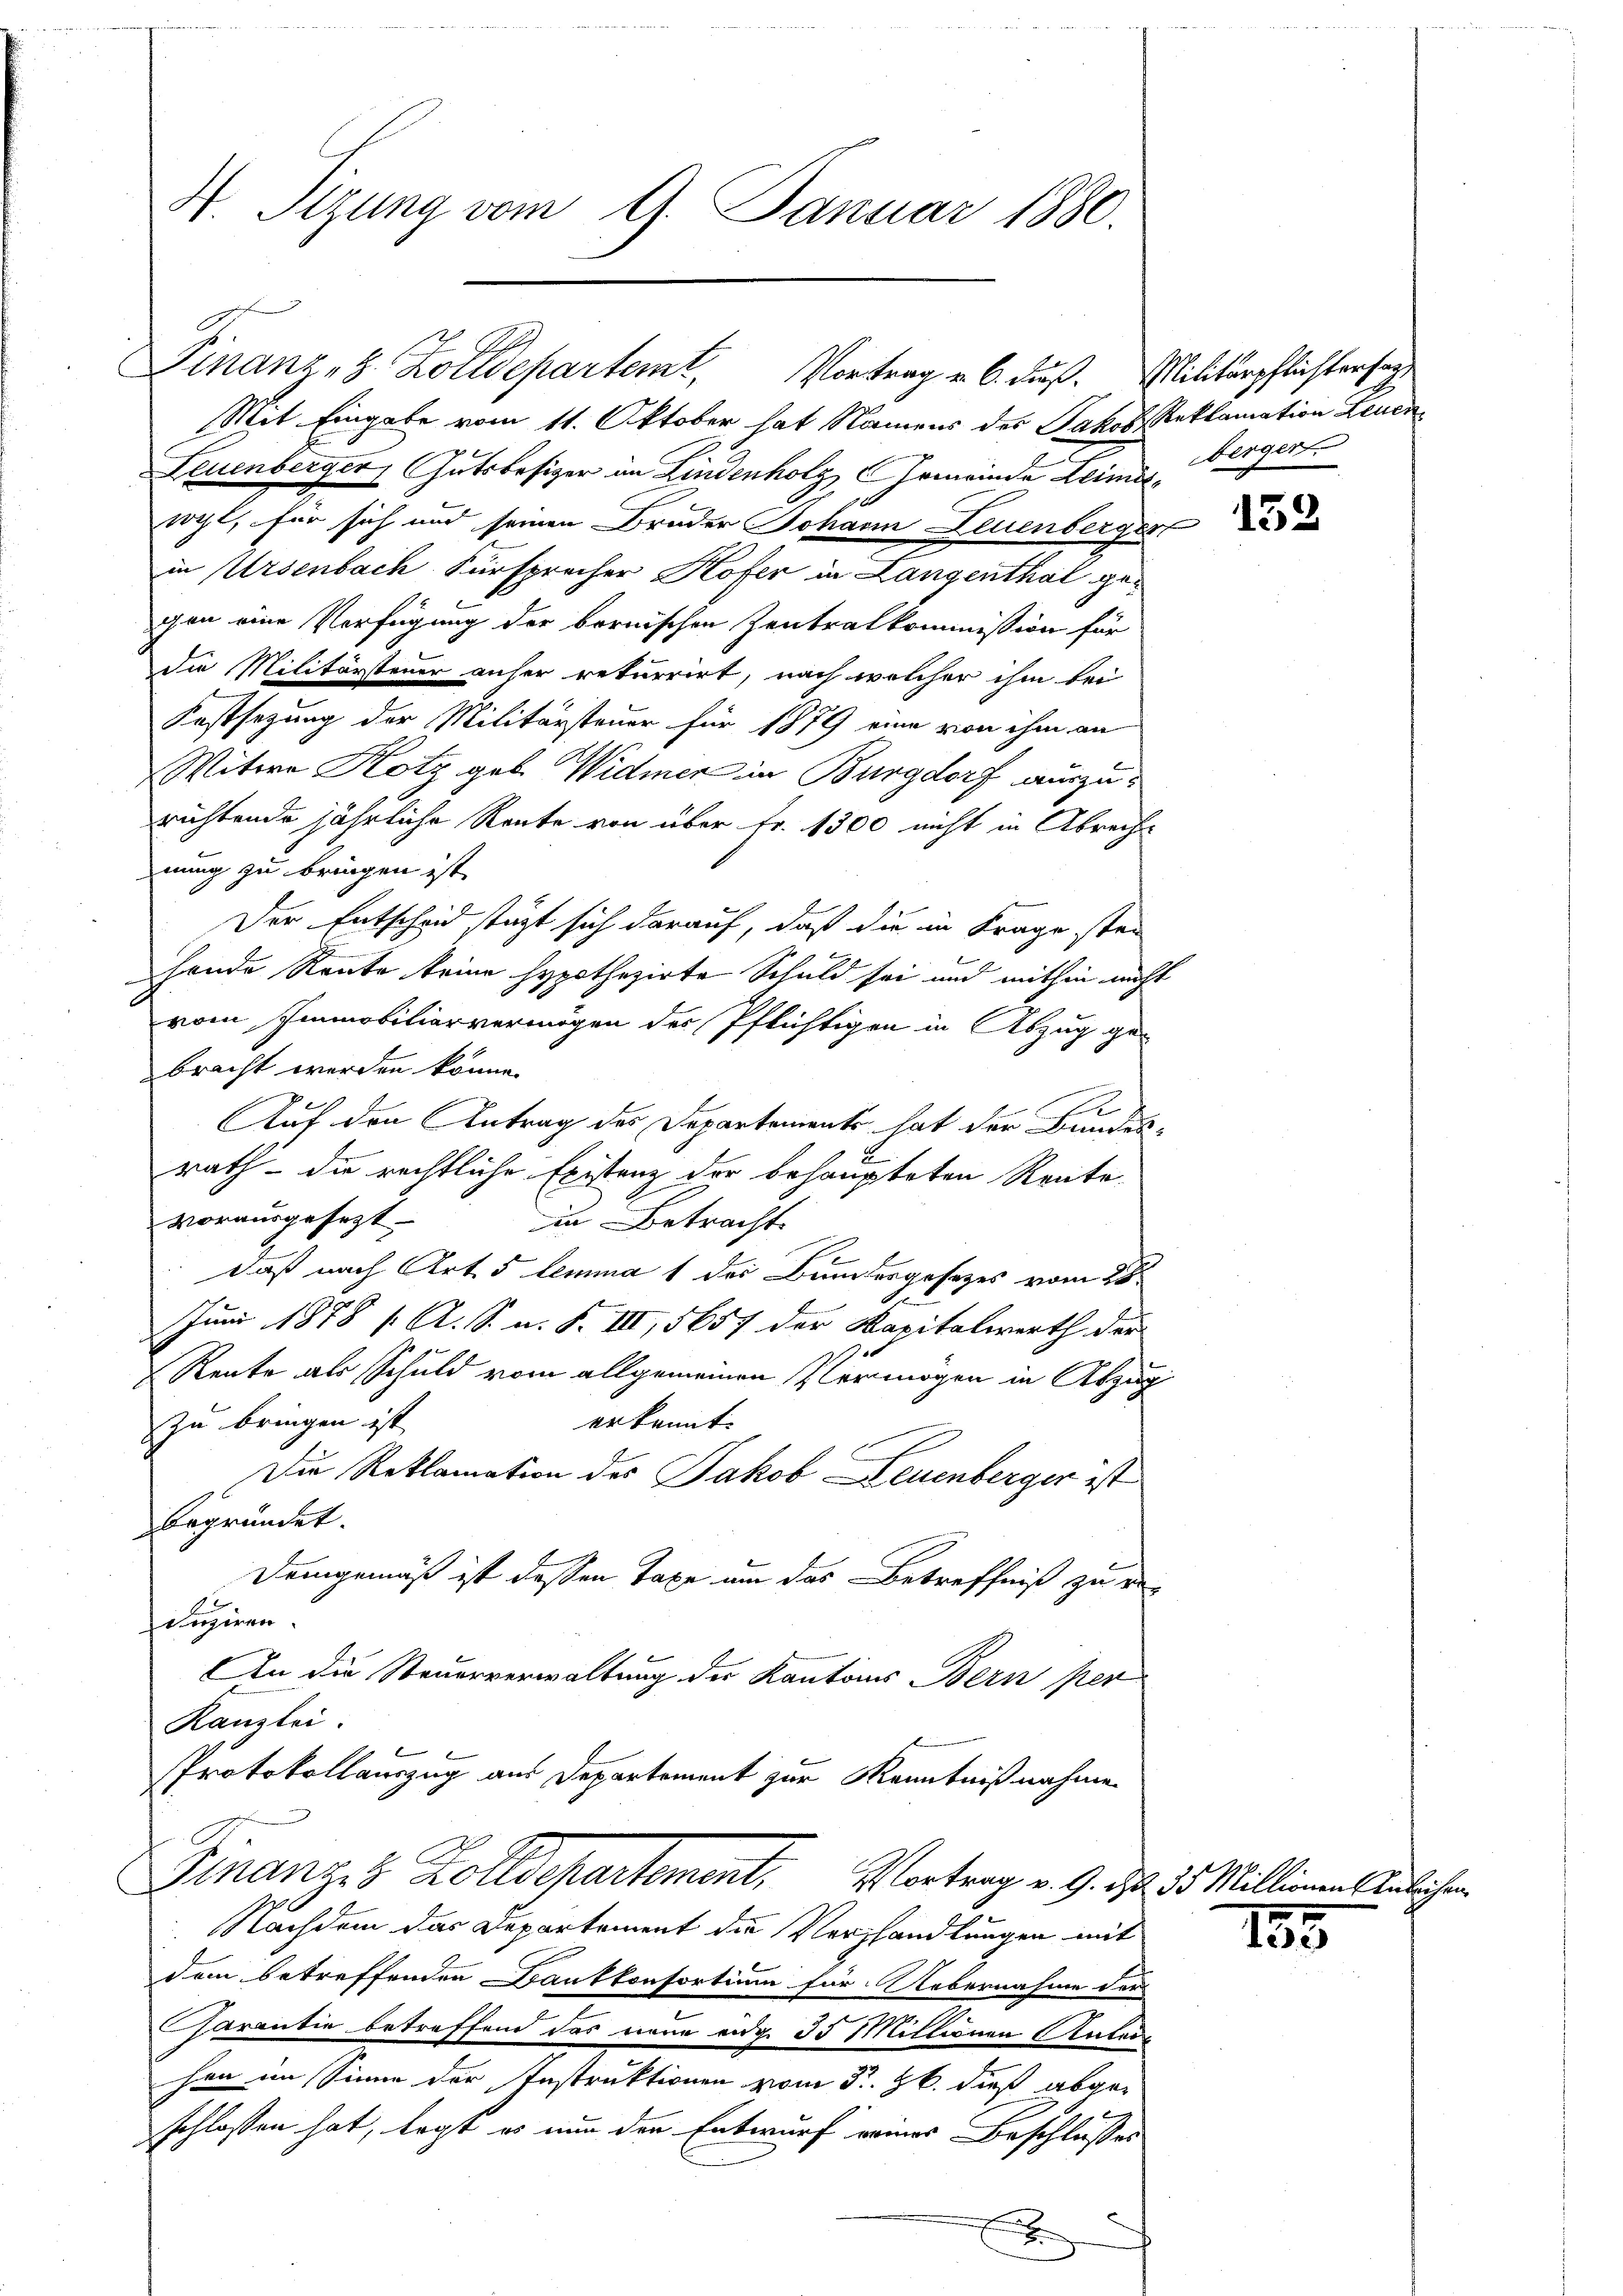
H. Tizung vom 9. Januar 1880.

Mit Eingabe vom 11. Oktober hat Namens des Jakob, Reklamation Leuen
Leuenberger, Gutsbesizer im Lindenholz, Gemeinde Leimisrocht, für sich und seinen Bruder Johann Leuenberger
in Ursenbach Fürsprecher Hofer in Langenthal gegen eine Verfügung der bornischen Zentralkommission für
die Militärsteuer unser rekurrirt, nach welcher ihm bei
Festsezung der Militärsteuer für 1879 eine von ihm an
Witwe Hotz geb. Widmer in Burgdorf auszurichtende jährliche Rente von über fr. 1300 nicht in Abreche
nung zu bringen ist.
Der Entscheid täzt sich darauf, daß die in Frage stei
hende Rente keine hypothozirte Schuld sei und mithin nicht
vom Immobiliarvermögen des Pflichtigen in Abzug gebracht werden könne.
Auf den Antrag des Departements hat der Bundes-
rath - die rechtliche Existenz der behaupteten Rente
vorausgesezt.
din Betracht.
daß nach Art. 5 lemma 1 des Bundergesetzes vom 28
Juni 1878 / A. S. u. F. III, 5657 der Kapitalwerth der
Rente als Schuld vom allgemeinen Vermögen in Abzug
erkannt.
zu bringen ist
Die Reklamation des Jakob Leuenberger ist
begründet.
Demgemäß ist dessen Taxe um das Betreffniß zu e
egnen.
An die Steuerverwaltung der Kantons Bern per
Kanzlei.
Protokollauszug aus Departement zur Kenntnißnahme
Finanzes Zolldepartement, Vortrag v. 9. d. 25. Mi
Nachdem das Departement die Verhandlungen mit
dem betreffenden Bankkonsortium für Uebernahme der
sarantie betreffend das neue eidge 35 Millionen Antei
hen im Sinne der Instruktionen vom 5. Jb. dieß abgee
schlossen hat, legt es nun der Entwurf eines Beschlusses
x

Finanz-Z. Zolldepartemt, Vortrag v. 6. Fuß. Militärpflichtersag

bergert.

152

155

fuche